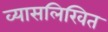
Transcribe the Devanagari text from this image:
व्यासलिखित